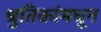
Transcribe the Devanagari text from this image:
श्रुतिकांमधून